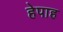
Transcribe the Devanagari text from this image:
हेपाह